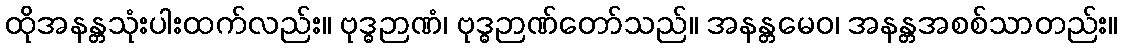
ထိုအနန္တသုံးပါးထက်လည်း။ ဗုဒ္ဓဉာဏံ၊ ဗုဒ္ဓဉာဏ်တော်သည်။ အနန္တမေဝ၊ အနန္တအစစ်သာတည်း။